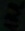
Text: 1KΩ